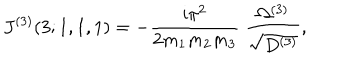
J ^ { ( 3 ) } ( 3 ; 1 , 1 , 1 ) = - \frac { \mathrm { i } \pi ^ { 2 } } { 2 m _ { 1 } m _ { 2 } m _ { 3 } } \; \frac { \Omega ^ { ( 3 ) } } { \sqrt { D ^ { ( 3 ) } } } ,